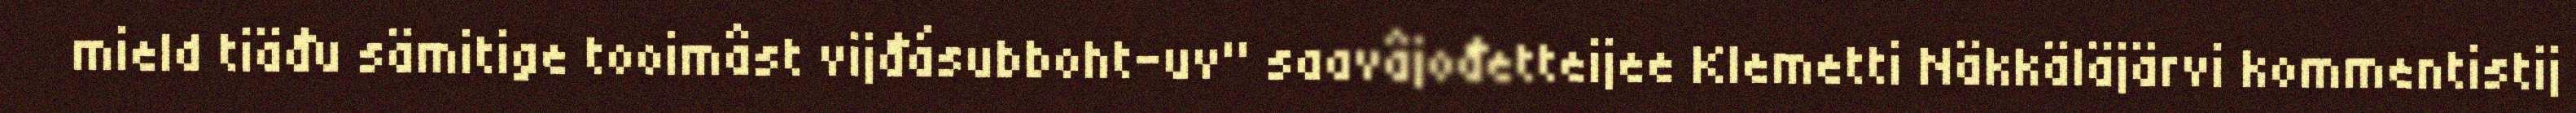
mield tiäđu sämitige tooimâst vijđásubboht-uv" saavâjođetteijee Klemetti Näkkäläjärvi kommentistij